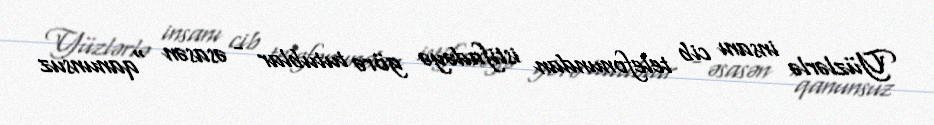
Yüzlərlə insanı cib telefonundan istifadəyə görə tutublar - əsasən "qanunsuz